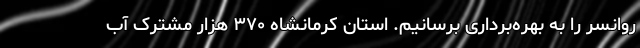
روانسر را به بهره‌برداری برسانیم. استان کرمانشاه ۳۷۰ هزار مشترک آب